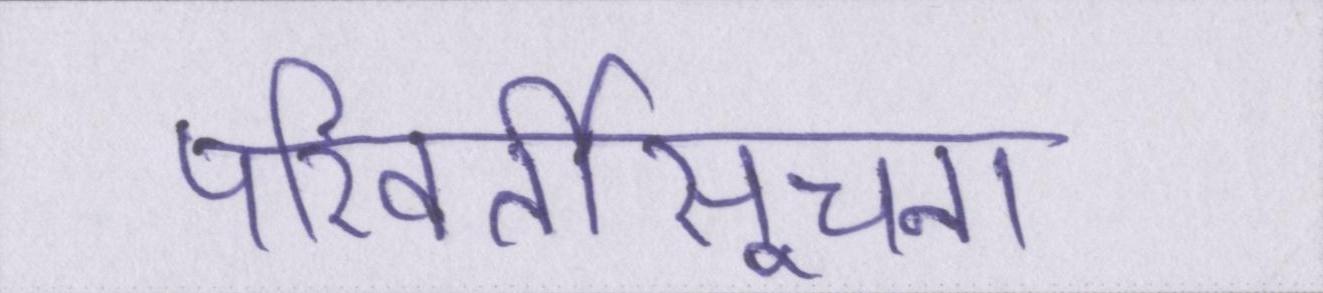
परिवर्तीसूचना